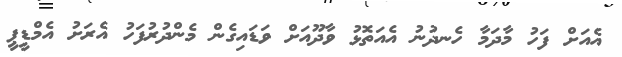
އެއަށް ފަހު މާދަމާ ހެނދުނު އެއަތޮޅު ވާދޫއަށް ވަޑައިގެން މެންދުރުފަހު އެރަށު އެމްޑީޕީ